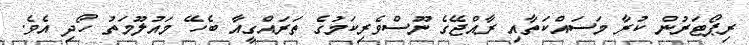
ރިޕޯޓަރުން ކުރާ މަސައްކަތާއި ރާއްޖޭގެ ނޫސްވެރިކަމުގެ ތަރައްގީއާ ބެހޭ މައުލޫމަތު ހޯދި އެވެ.